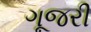
ગૂજરી